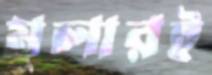
মুলারই